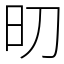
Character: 旫